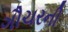
ગૌચરની